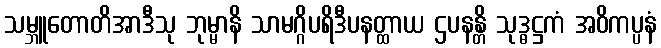
သမ္ဘူတောတိအာဒီသု ဘုမ္မာနိ သာမဂ္ဂိပရိဒီပနတ္ထာယ ဌပနန္တိ သုဒ္ဓဋ္ဌကံ အဝိကပ္ပနံ